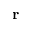
\textbf { r }